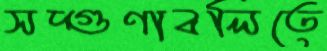
সদ্গুণাবলিতে